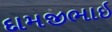
દામજીભાઇ